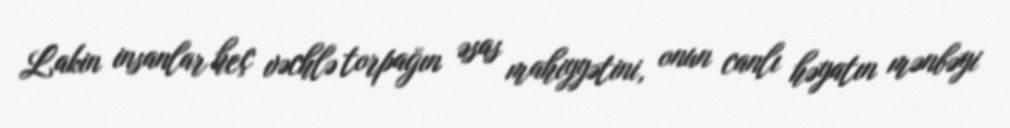
Lakin insanlar heç vəchlə torpağın əsas mahiyyətini, onun canlı həyatın mənbəyi